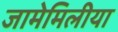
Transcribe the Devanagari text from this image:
जामेमिलीया